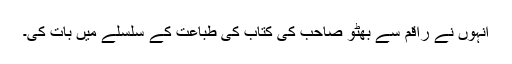
انہوں نے راقم سے بھٹو صاحب کی کتاب کی طباعت کے سلسلے میں بات کی۔